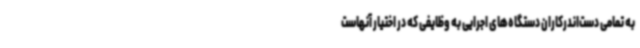
به تمامی دست‌اندرکاران دستگاه‌های اجرایی به وظایفی که در اختیار آنهاست